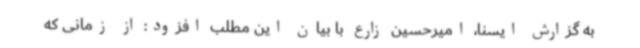
به گزارش ایسنا، امیرحسین زارع با بیان این مطلب افزود: از زمانی که